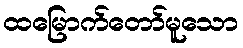
ထမြောက်တော်မူသော